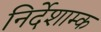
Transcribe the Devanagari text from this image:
निर्देशाम्क